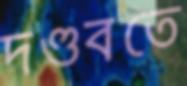
দণ্ডবতে